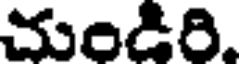
చుండిరి.